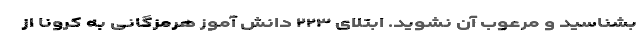
بشناسید و مرعوب آن نشوید. ابتلای ۲۲۳ دانش آموز هرمزگانی به کرونا از